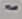
Text: -